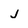
Character: j